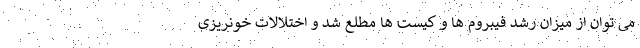
می توان از میزان رشد فیبروم ها و کیست ها مطلع شد و اختلالات خونریزی